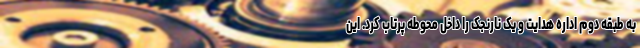
به طبقه دوم اداره هدایت و یک نارنجک را داخل محوطه پرتاب کرد. این